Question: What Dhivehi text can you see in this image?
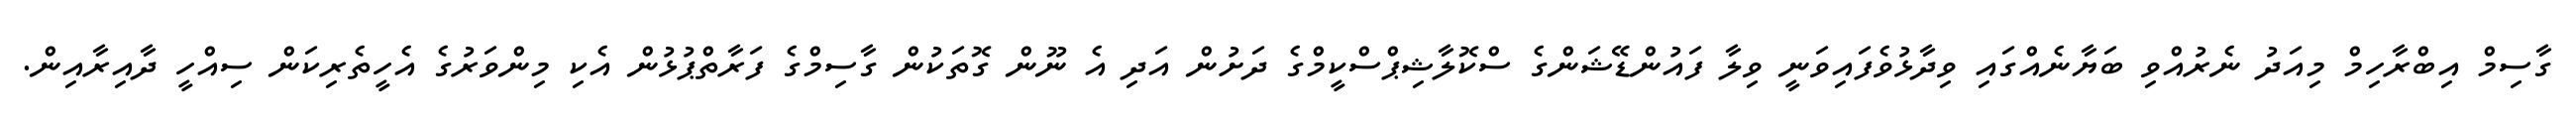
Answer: ގާސިމް އިބްރާހިމް މިއަދު ނެރުއްވި ބަޔާނެއްގައި ވިދާޅުވެފައިވަނީ ވިލާ ފައުންޑޭޝަންގެ ސްކޮލާޝިޕްސްކީމްގެ ދަށުން އަދި އެ ނޫން ގޮތަކުން ގާސިމްގެ ފަރާތްޕުޅުން އެކި މިންވަރުގެ އެހީތެރިކަން ސިއްހީ ދާއިރާއިން.